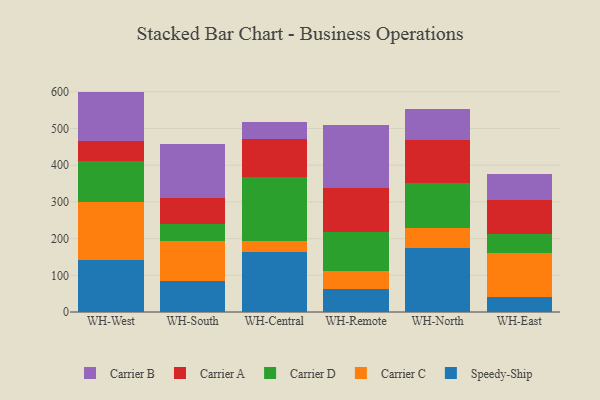
{"axis": {"x": "Warehouse", "y": "Active Users"}, "legend": ["Carrier A", "Carrier B", "Carrier C", "Carrier D", "Speedy-Ship"], "data": [{"x": "WH-West", "y": 140.5, "type": "Speedy-Ship"}, {"x": "WH-West", "y": 159.0, "type": "Carrier C"}, {"x": "WH-West", "y": 112.0, "type": "Carrier D"}, {"x": "WH-West", "y": 54.2, "type": "Carrier A"}, {"x": "WH-West", "y": 134.9, "type": "Carrier B"}, {"x": "WH-South", "y": 83.2, "type": "Speedy-Ship"}, {"x": "WH-South", "y": 111.3, "type": "Carrier C"}, {"x": "WH-South", "y": 45.9, "type": "Carrier D"}, {"x": "WH-South", "y": 70.0, "type": "Carrier A"}, {"x": "WH-South", "y": 146.2, "type": "Carrier B"}, {"x": "WH-Central", "y": 164.8, "type": "Speedy-Ship"}, {"x": "WH-Central", "y": 29.2, "type": "Carrier C"}, {"x": "WH-Central", "y": 173.1, "type": "Carrier D"}, {"x": "WH-Central", "y": 103.0, "type": "Carrier A"}, {"x": "WH-Central", "y": 48.7, "type": "Carrier B"}, {"x": "WH-Remote", "y": 62.6, "type": "Speedy-Ship"}, {"x": "WH-Remote", "y": 48.9, "type": "Carrier C"}, {"x": "WH-Remote", "y": 107.6, "type": "Carrier D"}, {"x": "WH-Remote", "y": 119.0, "type": "Carrier A"}, {"x": "WH-Remote", "y": 172.4, "type": "Carrier B"}, {"x": "WH-North", "y": 173.3, "type": "Speedy-Ship"}, {"x": "WH-North", "y": 56.9, "type": "Carrier C"}, {"x": "WH-North", "y": 120.5, "type": "Carrier D"}, {"x": "WH-North", "y": 117.9, "type": "Carrier A"}, {"x": "WH-North", "y": 85.2, "type": "Carrier B"}, {"x": "WH-East", "y": 41.4, "type": "Speedy-Ship"}, {"x": "WH-East", "y": 120.6, "type": "Carrier C"}, {"x": "WH-East", "y": 50.3, "type": "Carrier D"}, {"x": "WH-East", "y": 91.6, "type": "Carrier A"}, {"x": "WH-East", "y": 72.9, "type": "Carrier B"}]}